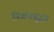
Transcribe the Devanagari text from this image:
निबंधसुद्धा